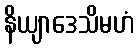
နိယျာဒေသိမဟံ